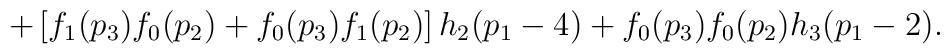
+\left[ f_{1}(p_{3})f_{0}(p_{2})+f_{0}(p_{3})f_{1}(p_{2})\right] h_{2}(p_{1}-4)+f_{0}(p_{3})f_{0}(p_{2})h_{3}(p_{1}-2) .